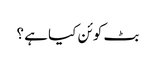
بٹ کوئن کیا ہے ؟